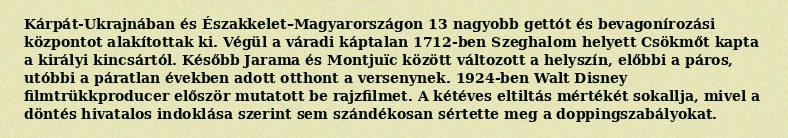
Kárpát-Ukrajnában és Északkelet–Magyarországon 13 nagyobb gettót és bevagonírozási központot alakítottak ki. Végül a váradi káptalan 1712-ben Szeghalom helyett Csökmőt kapta a királyi kincsártól. Később Jarama és Montjuïc között változott a helyszín, előbbi a páros, utóbbi a páratlan években adott otthont a versenynek. 1924-ben Walt Disney filmtrükkproducer először mutatott be rajzfilmet. A kétéves eltiltás mértékét sokallja, mivel a döntés hivatalos indoklása szerint sem szándékosan sértette meg a doppingszabályokat.